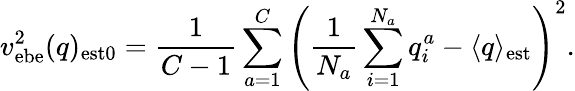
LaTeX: v_{\mathrm{ebe}}^{2}(q)_{\mathrm{est0}}={\frac{1}{C-1}}\sum_{a=1}^{C}\left({\frac{1}{N_{a}}}\sum_{i=1}^{N_{a}}q_{i}^{a}-\langle q\rangle_{\mathrm{est}}\right)^{2}.